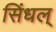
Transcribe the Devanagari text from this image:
सिंधल्